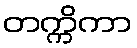
တက္ကိကာ